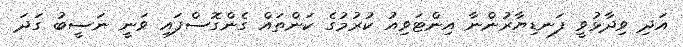
އަދި ވިދާޅުވީ ފަނޑިޔާރުންނާ އިންޓަވިއު ކުރުމުގެ ކަންތައް ގެންގޮސްފައި ވަނީ ނަސީބު ގަދަ